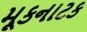
મૂકનાટક